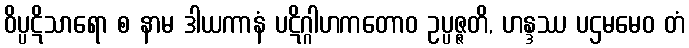
ဝိပ္ပဋိသာရော စ နာမ ဒါယကာနံ ပဋိဂ္ဂါဟကတောဝ ဥပ္ပဇ္ဇတိ, ဟန္ဒဿ ပဌမမေဝ တံ